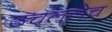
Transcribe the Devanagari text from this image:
उचललेच